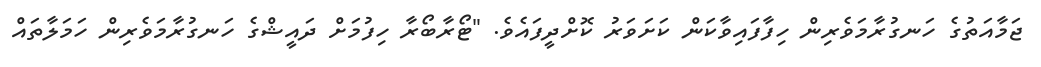
ޖަމާއަތުގެ ހަނގުރާމަވެރިން ހިފާފައިވާކަން ކަށަވަރު ކޮށްދީފައެވެ. "ޓޯރާބޯރާ ހިފުމަށް ދައީޝްގެ ހަނގުރާމަވެރިން ހަމަލާތައް